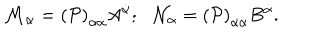
{ \cal M } _ { \alpha } = \left( { \cal P } \right) _ { \alpha \dot { \alpha } } A ^ { \dot { \alpha } } ; \, \, \, \, { \cal N } _ { \alpha } = \left( { \cal P } \right) _ { \alpha \dot { \alpha } } B ^ { \dot { \alpha } } .